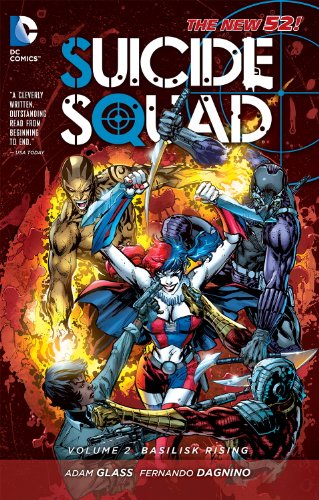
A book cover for Suicide Squad Vol. 2: Basilisk Rising (The New 52); Adam Glass; Comics & Graphic Novels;